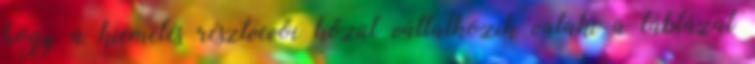
hogy a kiemelés résztvevői közül vállalkozik valaki a táblázat